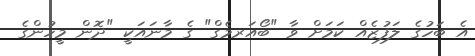
އެ ބަހުގެ ލަފުޒެއް ކަމަށް ވާ "ބޯއަރމެގް" ގެ މާނައަކީ "ދޮން މީހުންގެ